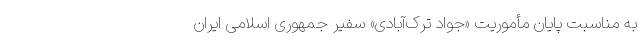
به مناسبت پایان مأموریت «جواد ترک‌آبادی» سفیر جمهوری اسلامی ایران